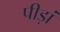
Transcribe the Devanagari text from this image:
पीड़ां